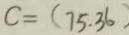
c = ( 7 5 . 3 6 )